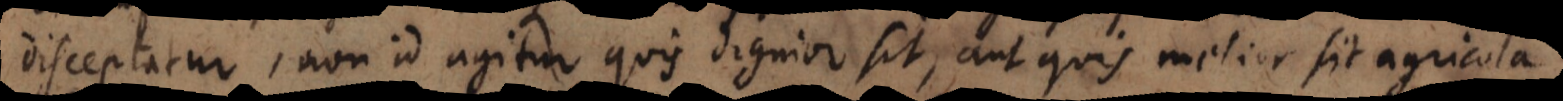
disceptatur, non id agitur quis dignior sit, eum agrum melius exculturus,